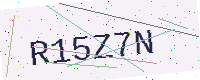
Text: R15Z7N